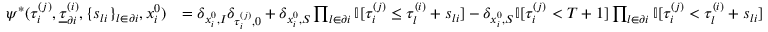
\begin{array} { r l } { \psi ^ { * } ( \tau _ { i } ^ { ( j ) } , \underline { { \tau } } _ { \partial i } ^ { ( i ) } , \{ s _ { l i } \} _ { l \in \partial i } , x _ { i } ^ { 0 } ) } & { = \delta _ { x _ { i } ^ { 0 } , I } \delta _ { \tau _ { i } ^ { ( j ) } , 0 } + \delta _ { x _ { i } ^ { 0 } , S } \prod _ { l \in \partial i } \mathbb { I } [ \tau _ { i } ^ { ( j ) } \leq \tau _ { l } ^ { ( i ) } + s _ { l i } ] - \delta _ { x _ { i } ^ { 0 } , S } \mathbb { I } [ \tau _ { i } ^ { ( j ) } < T + 1 ] \prod _ { l \in \partial i } \mathbb { I } [ \tau _ { i } ^ { ( j ) } < \tau _ { l } ^ { ( i ) } + s _ { l i } ] } \end{array}